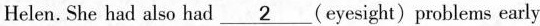
Helen.She had also had \underline{2}(eyesight)problems early